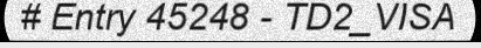
# Entry 45248 - TD2_VISA